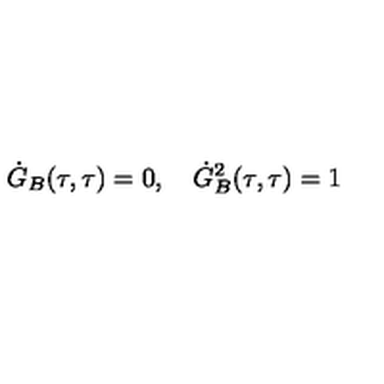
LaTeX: \dot { G } _ { B } ( \tau , \tau ) = 0 , \quad \dot { G } _ { B } ^ { 2 } ( \tau , \tau ) = 1